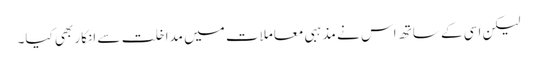
لیکن اسی کے ساتھ اس نے مذہبی معاملات میں مداخلت سے انکار بھی کیا۔